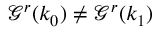
\mathcal G ^ { r } ( k _ { 0 } ) \neq \mathcal G ^ { r } ( k _ { 1 } )